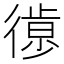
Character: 𢕱